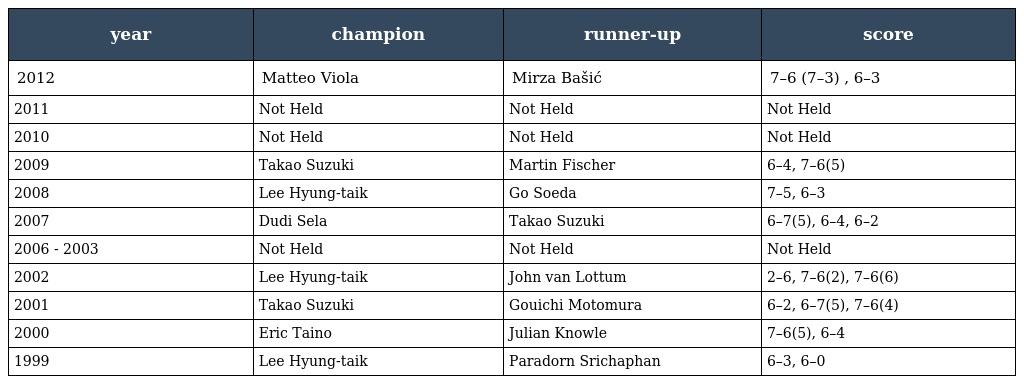
| year | champion | runner-up | score |
 | --- | --- | --- | --- |
 | 2012 | Matteo Viola | Mirza Bašić | 7–6 (7–3) , 6–3 |
 | 2011 | Not Held | Not Held | Not Held |
 | 2010 | Not Held | Not Held | Not Held |
 | 2009 | Takao Suzuki | Martin Fischer | 6–4, 7–6(5) |
 | 2008 | Lee Hyung-taik | Go Soeda | 7–5, 6–3 |
 | 2007 | Dudi Sela | Takao Suzuki | 6–7(5), 6–4, 6–2 |
 | 2006 - 2003 | Not Held | Not Held | Not Held |
 | 2002 | Lee Hyung-taik | John van Lottum | 2–6, 7–6(2), 7–6(6) |
 | 2001 | Takao Suzuki | Gouichi Motomura | 6–2, 6–7(5), 7–6(4) |
 | 2000 | Eric Taino | Julian Knowle | 7–6(5), 6–4 |
 | 1999 | Lee Hyung-taik | Paradorn Srichaphan | 6–3, 6–0 |